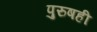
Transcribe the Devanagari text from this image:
पुरुषही